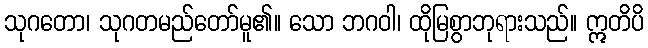
သုဂတော၊ သုဂတမည်တော်မူ၏။ သော ဘဂဝါ၊ ထိုမြစွာဘုရားသည်။ ဣတိပိ